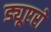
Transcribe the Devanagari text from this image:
ड्यूएरो